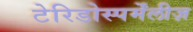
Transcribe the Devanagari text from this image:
टेरिडोस्पर्मेंलीज़